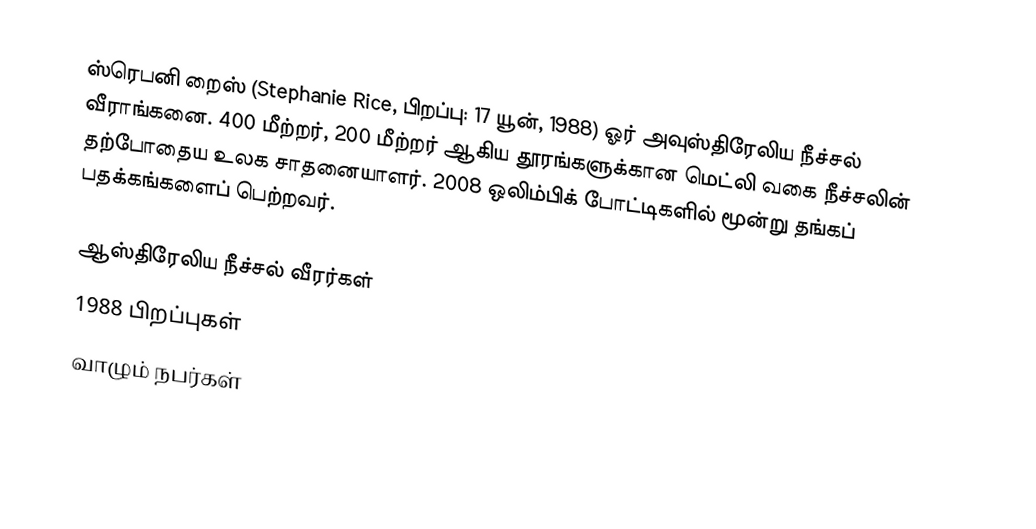
ஸ்ரெபனி றைஸ் (Stephanie Rice, பிறப்பு: 17 யூன், 1988) ஓர் அவுஸ்திரேலிய நீச்சல் வீராங்கனை. 400 மீற்றர், 200 மீற்றர் ஆகிய தூரங்களுக்கான மெட்லி வகை நீச்சலின் தற்போதைய உலக சாதனையாளர். 2008 ஒலிம்பிக் போட்டிகளில் மூன்று தங்கப் பதக்கங்களைப் பெற்றவர்.

ஆஸ்திரேலிய நீச்சல் வீரர்கள்
1988 பிறப்புகள்
வாழும் நபர்கள்